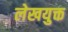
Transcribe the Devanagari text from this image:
लेखयुक्त